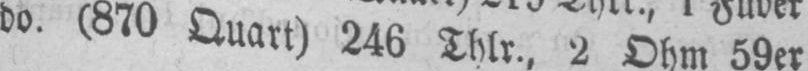
do. (870 Quart) 246 Thlr., 2 Ohm 59er